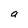
Character: a